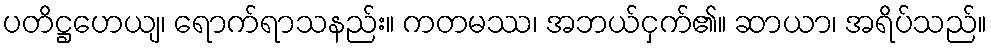
ပတိဋ္ဌဟေယျ၊ ရောက်ရာသနည်း။ ကတမဿ၊ အဘယ်ငှက်၏။ ဆာယာ၊ အရိပ်သည်။